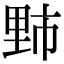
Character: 𫒁